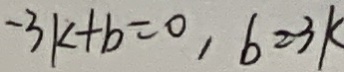
- 3 k + b = 0 , b = 3 k